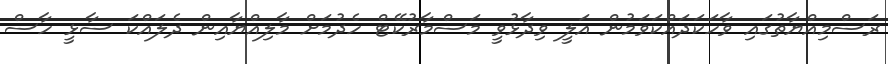
ރަސްމިއްޔާތުގައި ވާހަކަދައްކަވަމުން އަލީ ވިދާޅުވީ މަސްމާރުކޭޓް ހެދުމަށް މާލިއްޔާއިން ދެލައްކަ ސާޅީ ހާސް